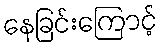
နေခြင်းကြောင့်